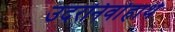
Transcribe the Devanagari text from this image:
उदरनिर्वाहार्थ